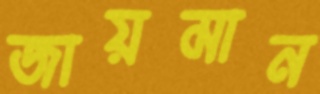
জায়মান